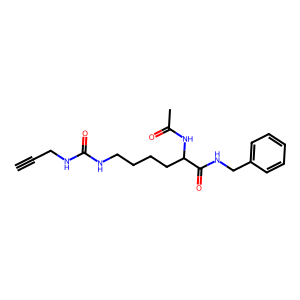
SMILES: C#CCNC(=O)NCCCCC(NC(C)=O)C(=O)NCc1ccccc1
Inhibits HIV replication: No